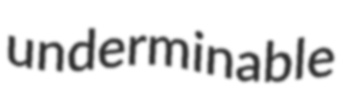
underminable